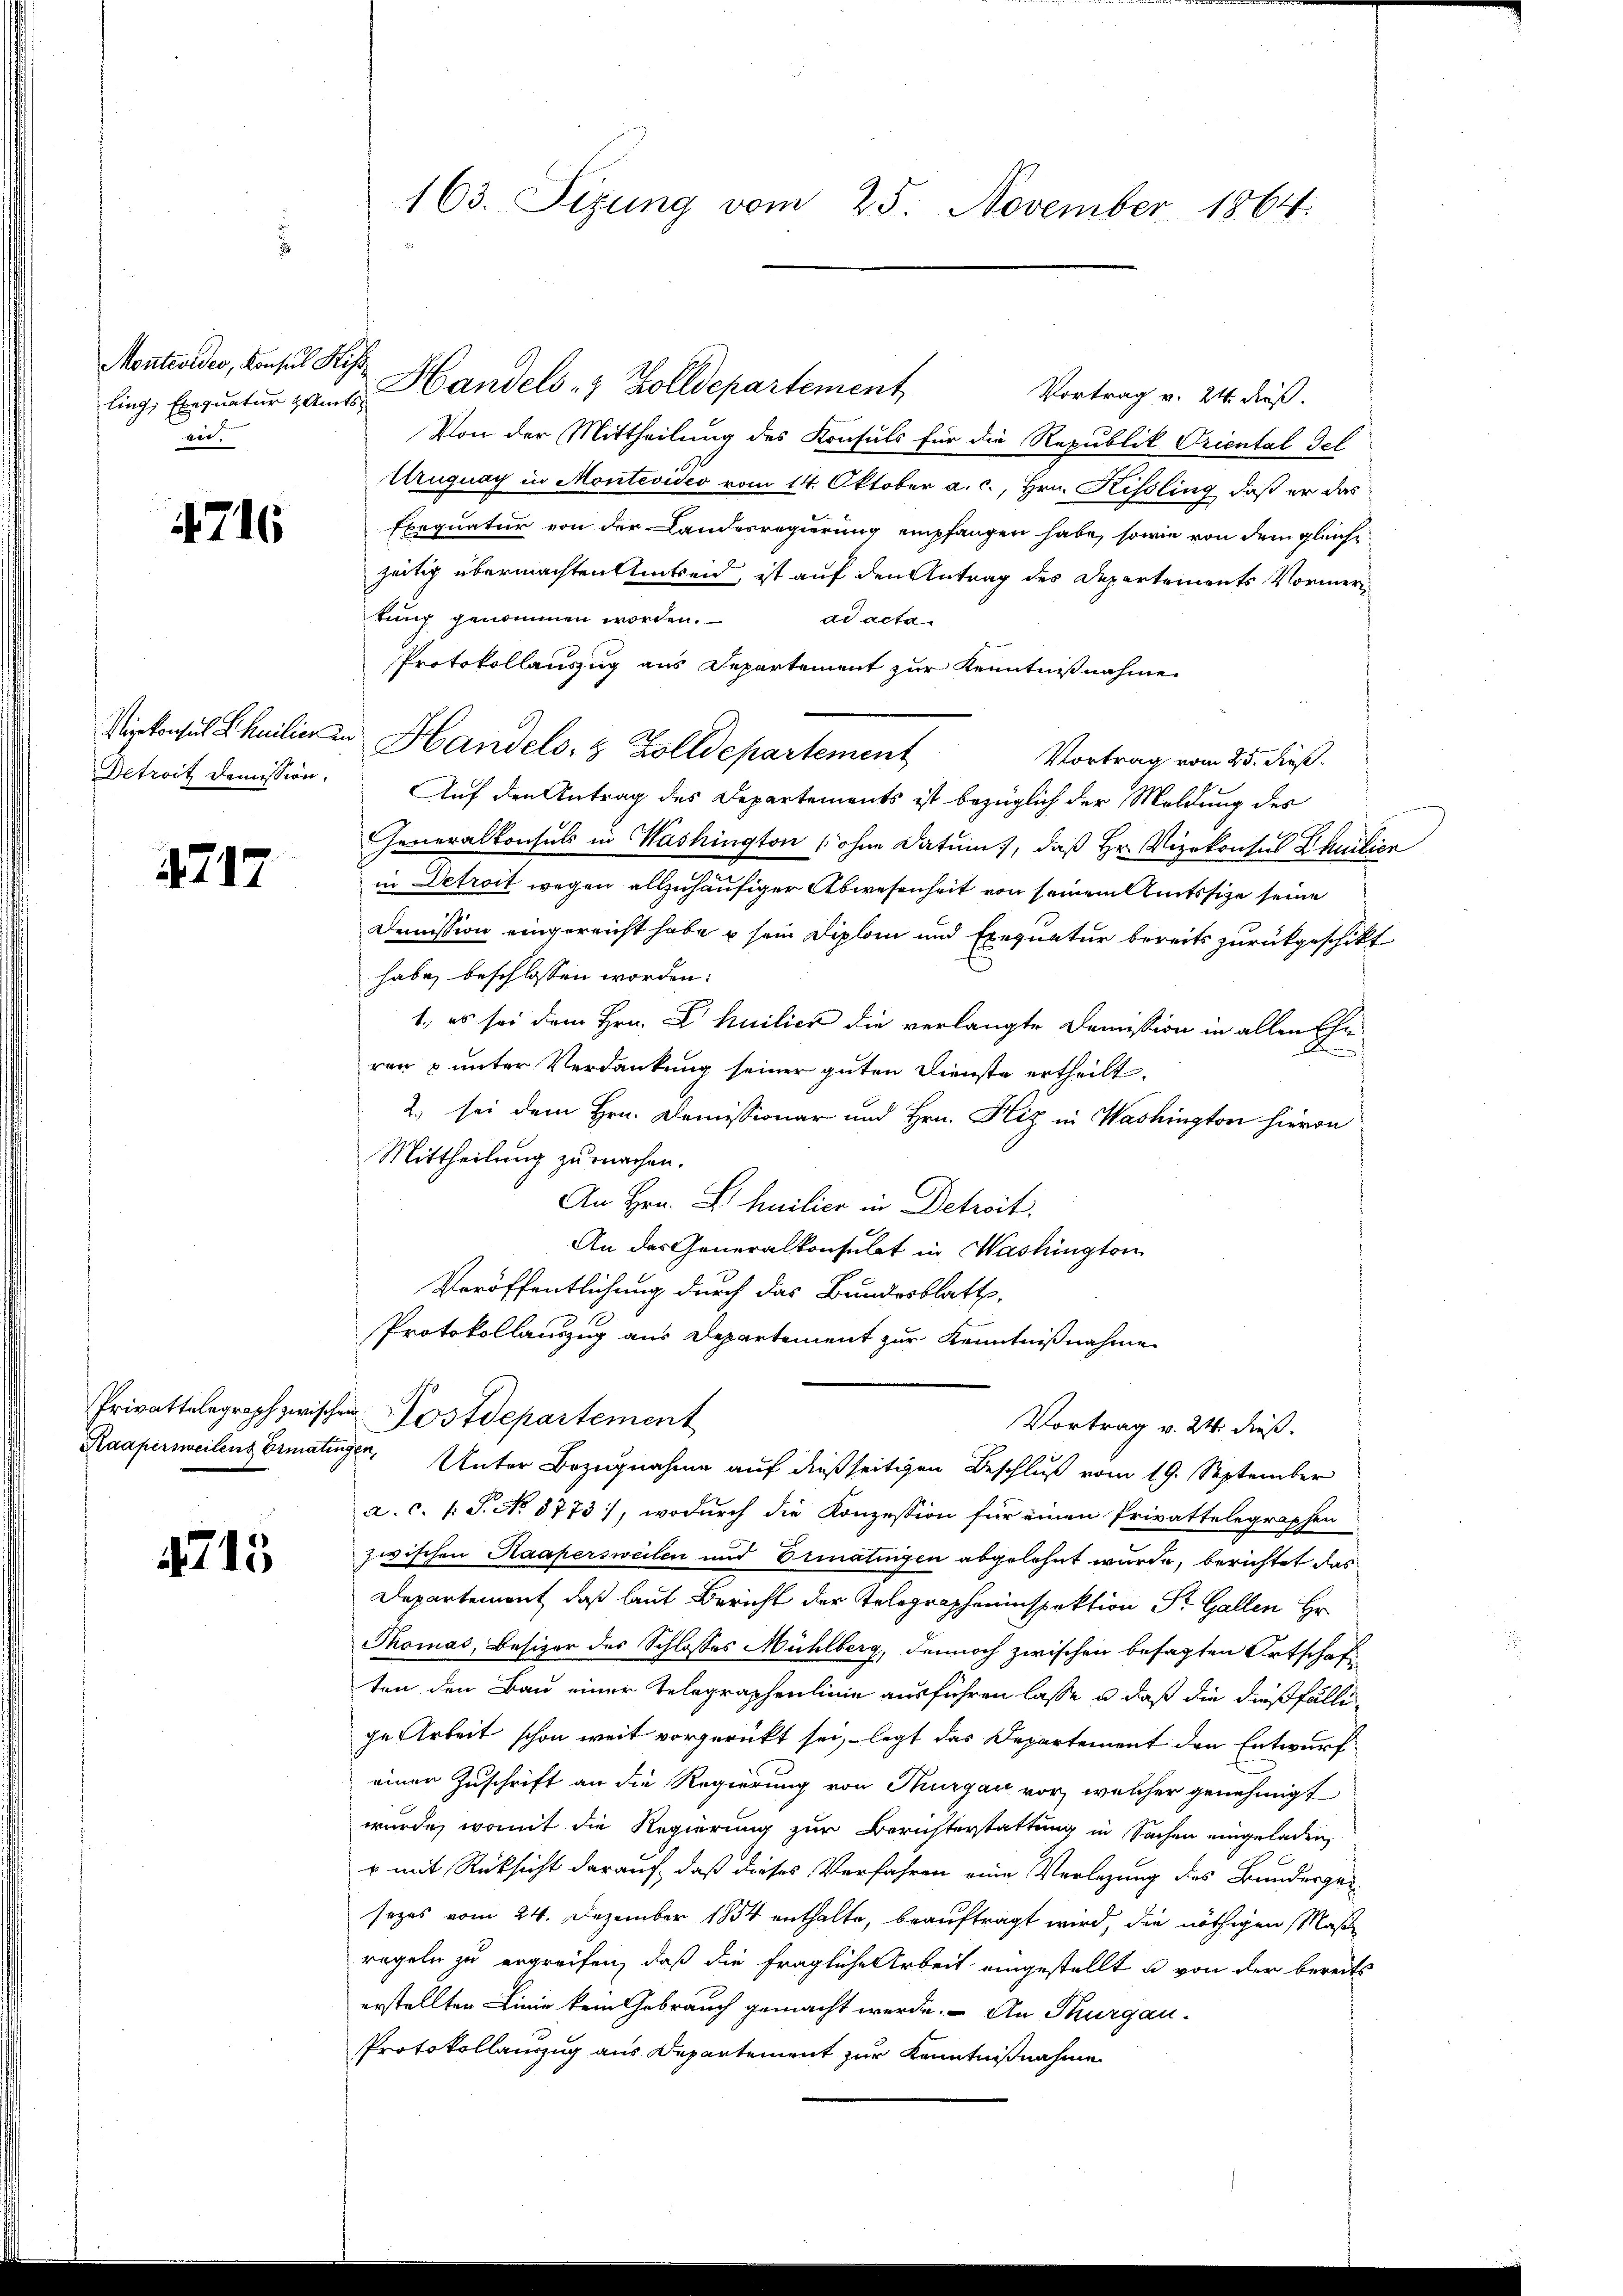
Montevider, Konsul Kiss
er

4716

4717

4715

163. Sizung vom 25. November 1864.

Vortrag v. 24. dieß.
Von der Mittheilung des Konsuls für die Republik Oriental Fel
Uruguay in Montevideo vom 14. Oktober a. c., Hrn. Kissling, daß er das
Exequatur von der Landesregierung empfangen habe, sowie von dem gleiche
zeitig übermachten Amtseid, ist auf den Antrag des Departements Vormertung genommen worden.
ad acta
Protokollauszug aus Departement zur Kenntnißnahme
Vortrag vom 25. dieß.
Detroit demission. Auf den Antrag des Departements ist bezüglich der Meldung des
Generalkonsuls in Washington (ohne Datum, daß Hr. Vizekonsus Chuitier
in Detroit wegen allzuhäufiger Abwesenheit von seinem Amtssize seine
Demission eingereicht habe u sein Diplom und Exequatur bereits zurückgeschikt
habe, beschlossen worden:
1., es sei dem Hrn. L. huilier die verlangte Demission in allen Eheren & unter Verdankung seiner guten Dienste ertheilt.
2. sei dem Hrn. Demissionar und Hrn. Hiz in Washington hievon
Mittheilung zu machen.
An Hrn. L. Emilier in Detreit
An des Generalkonsulat in Washington
Veröffentlichung durch das Bundesblatt,
Protokollauszug aus Departement zur Kenntnißnahme
Privattelegraph zwischen Postdepartement
Vortrag v. 24. dieß.
Raapersweilenz Ermatingen, Unter Bezugnahme auf dießseitigen Beschluß vom 19. September
a.c. s. S. No. 3773, wodurch die Konzession für einen Privattelegraphen
zwischen Raapersweilen und Ermatingen abgelehnt wurde, berichtet das
Departement, daß laut Bericht der Telegrapheninspektion Sr. Gallen Hr.
Thomas, Besizer des Schlosses Mühlberg, dennoch zwischen besagten Ortschaft
ten den Bau einer Telegraphenlinie ausführen lasse u. daß die dießfällige Arbeit schon weit vorgerückt sei, legt das Departement den Entwurf
einer Zuschrift an die Regierung von Thurgau vor, welcher genehmigt
wurde, womit die Regierung zur Berichterstattung in Sachen eingeladen,
r mit Rücksicht darauf, daß dieses Verfahren eine Verlegung des Bundesgesezes vom 24. Dezember 1884 enthalte, beauftragt wird, die nöthigen Maßregeln zu ergreifen, daß die fragliche Arbeit eingestellt u von der bereits
erstellten Linie kein Gebrauch gemacht werde. An Thurgau.
Protokollauszug aus Departement zur Kenntnißnahme

lings Einquatur ganz Handels & Zolldepartement

Virkonsul Schmilien in Handels- & Zolldepartement